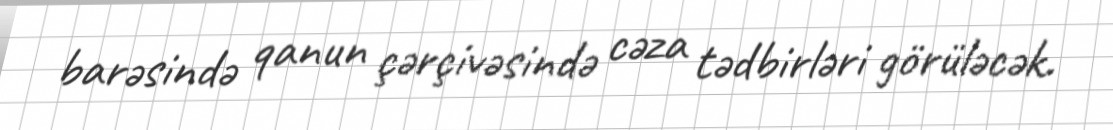
barəsində qanun çərçivəsində cəza tədbirləri görüləcək.